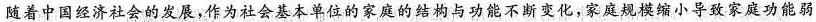
随着中国经济社会的发展，作为社会基本单位的家庭的结构与功能不断变化，家庭规模缩小导致家庭功能弱